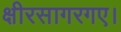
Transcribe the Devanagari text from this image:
क्षीरसागरगए।